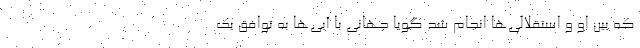
که بین او و استقلالی‌ها انجام شد گویا جهانی با آبی‌ها به توافق یک